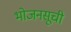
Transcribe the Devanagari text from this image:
भोजनसूची